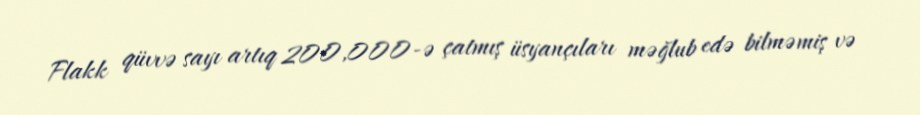
Flakk qüvvə sayı artıq 200,000-ə çatmış üsyançıları məğlub edə bilməmiş və